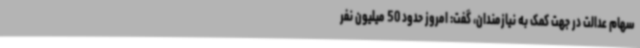
سهام عدالت در جهت کمک به نیازمندان، گفت: امروز حدود 50 میلیون نفر